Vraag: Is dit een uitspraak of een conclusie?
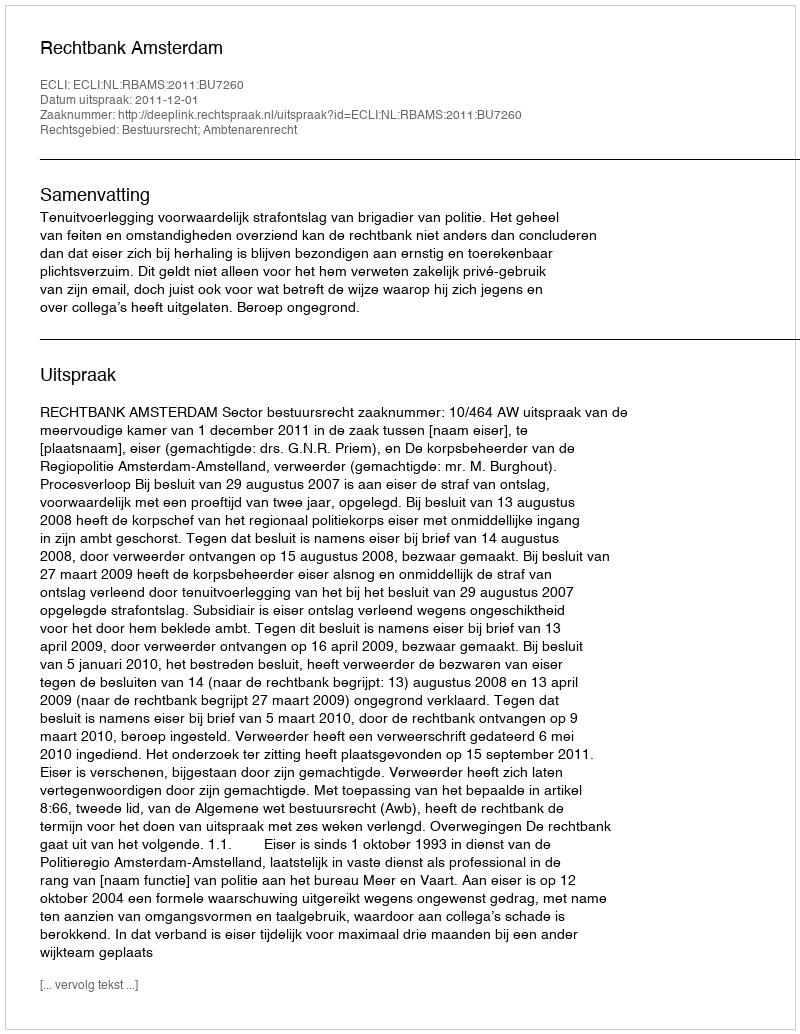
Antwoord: Uitspraak